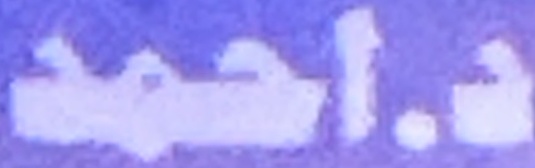
د.احمد